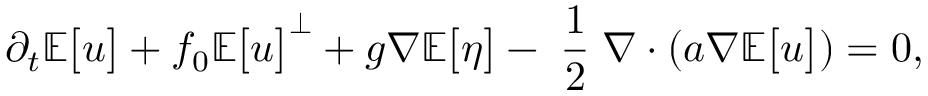
\partial _ { t } \mathbb { E } \big [ \boldsymbol { u } \big ] + f _ { 0 } \mathbb { E } \big [ \boldsymbol { u } \big ] ^ { \perp } + g \boldsymbol { \nabla } \mathbb { E } \big [ \eta \big ] - \mathrm { \scriptsize ~ \frac { 1 } { 2 } ~ } \boldsymbol { \nabla } \boldsymbol { \cdot } ( \boldsymbol { a } \boldsymbol { \nabla } \mathbb { E } \big [ \boldsymbol { u } \big ] ) = 0 ,